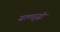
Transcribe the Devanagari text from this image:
ग्रामशुद्धी